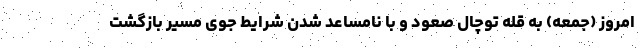
امروز (جمعه) به قله توچال صعود و با نامساعد شدن شرایط جوی مسیر بازگشت